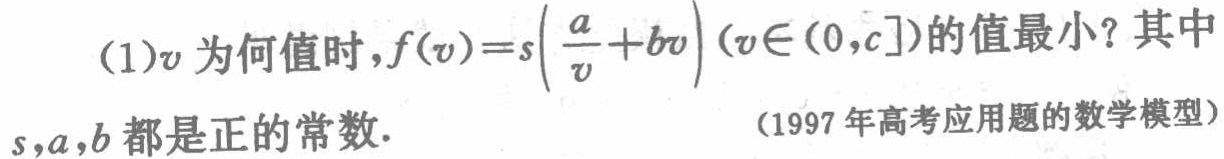
(1)\(v\)为何值时，\(f(v)=s\left(\frac{a}{v}+bv\right)(v\in(0,c])\)的值最小？其中

\(s,a,b\)都是正的常数.

（1997年高考应用题的数学模型）